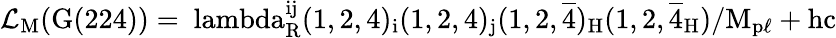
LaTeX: \mathrm{{\cal L}_{M}(G(224))=\ lambda_{R}^{ij}(1,2,4)_{i}(1,2,4)_{j}(1,2,\overline{{{4}}})_{H}(1,2,\overline{{{4}}}_{H})/M_{p\ell}+hc}